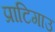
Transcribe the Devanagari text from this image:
प्राटिगाउ